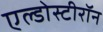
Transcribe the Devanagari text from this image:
एल्डोस्टीरॉन